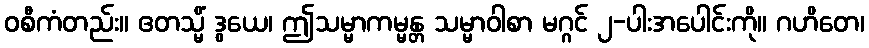
ဝစီကံတည်း။ ဧတသ္မိံ ဒွယေ၊ ဤသမ္မာကမ္မန္တ သမ္မာဝါစာ မဂ္ဂင် ၂-ပါးအပေါင်းကို။ ဂဟိတေ၊